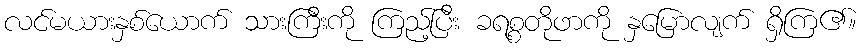
လင်မယားနှစ်ယောက် သားကြီးကို ကြည့်ပြီး ခရစ္စတိုဖာကို နှမြောလျက် ရှိကြ၏။